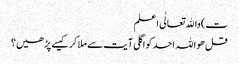
ت) واﷲ تعالٰی اعلم
قل ھو اللہ احد کو اگلی آیت سے ملا کر کیسے پڑھیں؟